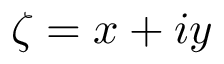
\zeta = x + i y